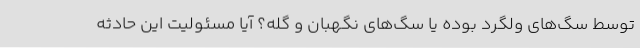
توسط سگ‌های ولگرد بوده یا سگ‌های نگهبان و گله؟ آیا مسئولیت این حادثه